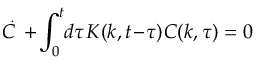
\overset { \, _ { \mathrm { ~ \large ~ . ~ } } } { C } \! + \! \int _ { 0 } ^ { t } \! d \tau \: \! K ( k , t \! - \! \tau ) \: \! C ( k , \tau ) = 0